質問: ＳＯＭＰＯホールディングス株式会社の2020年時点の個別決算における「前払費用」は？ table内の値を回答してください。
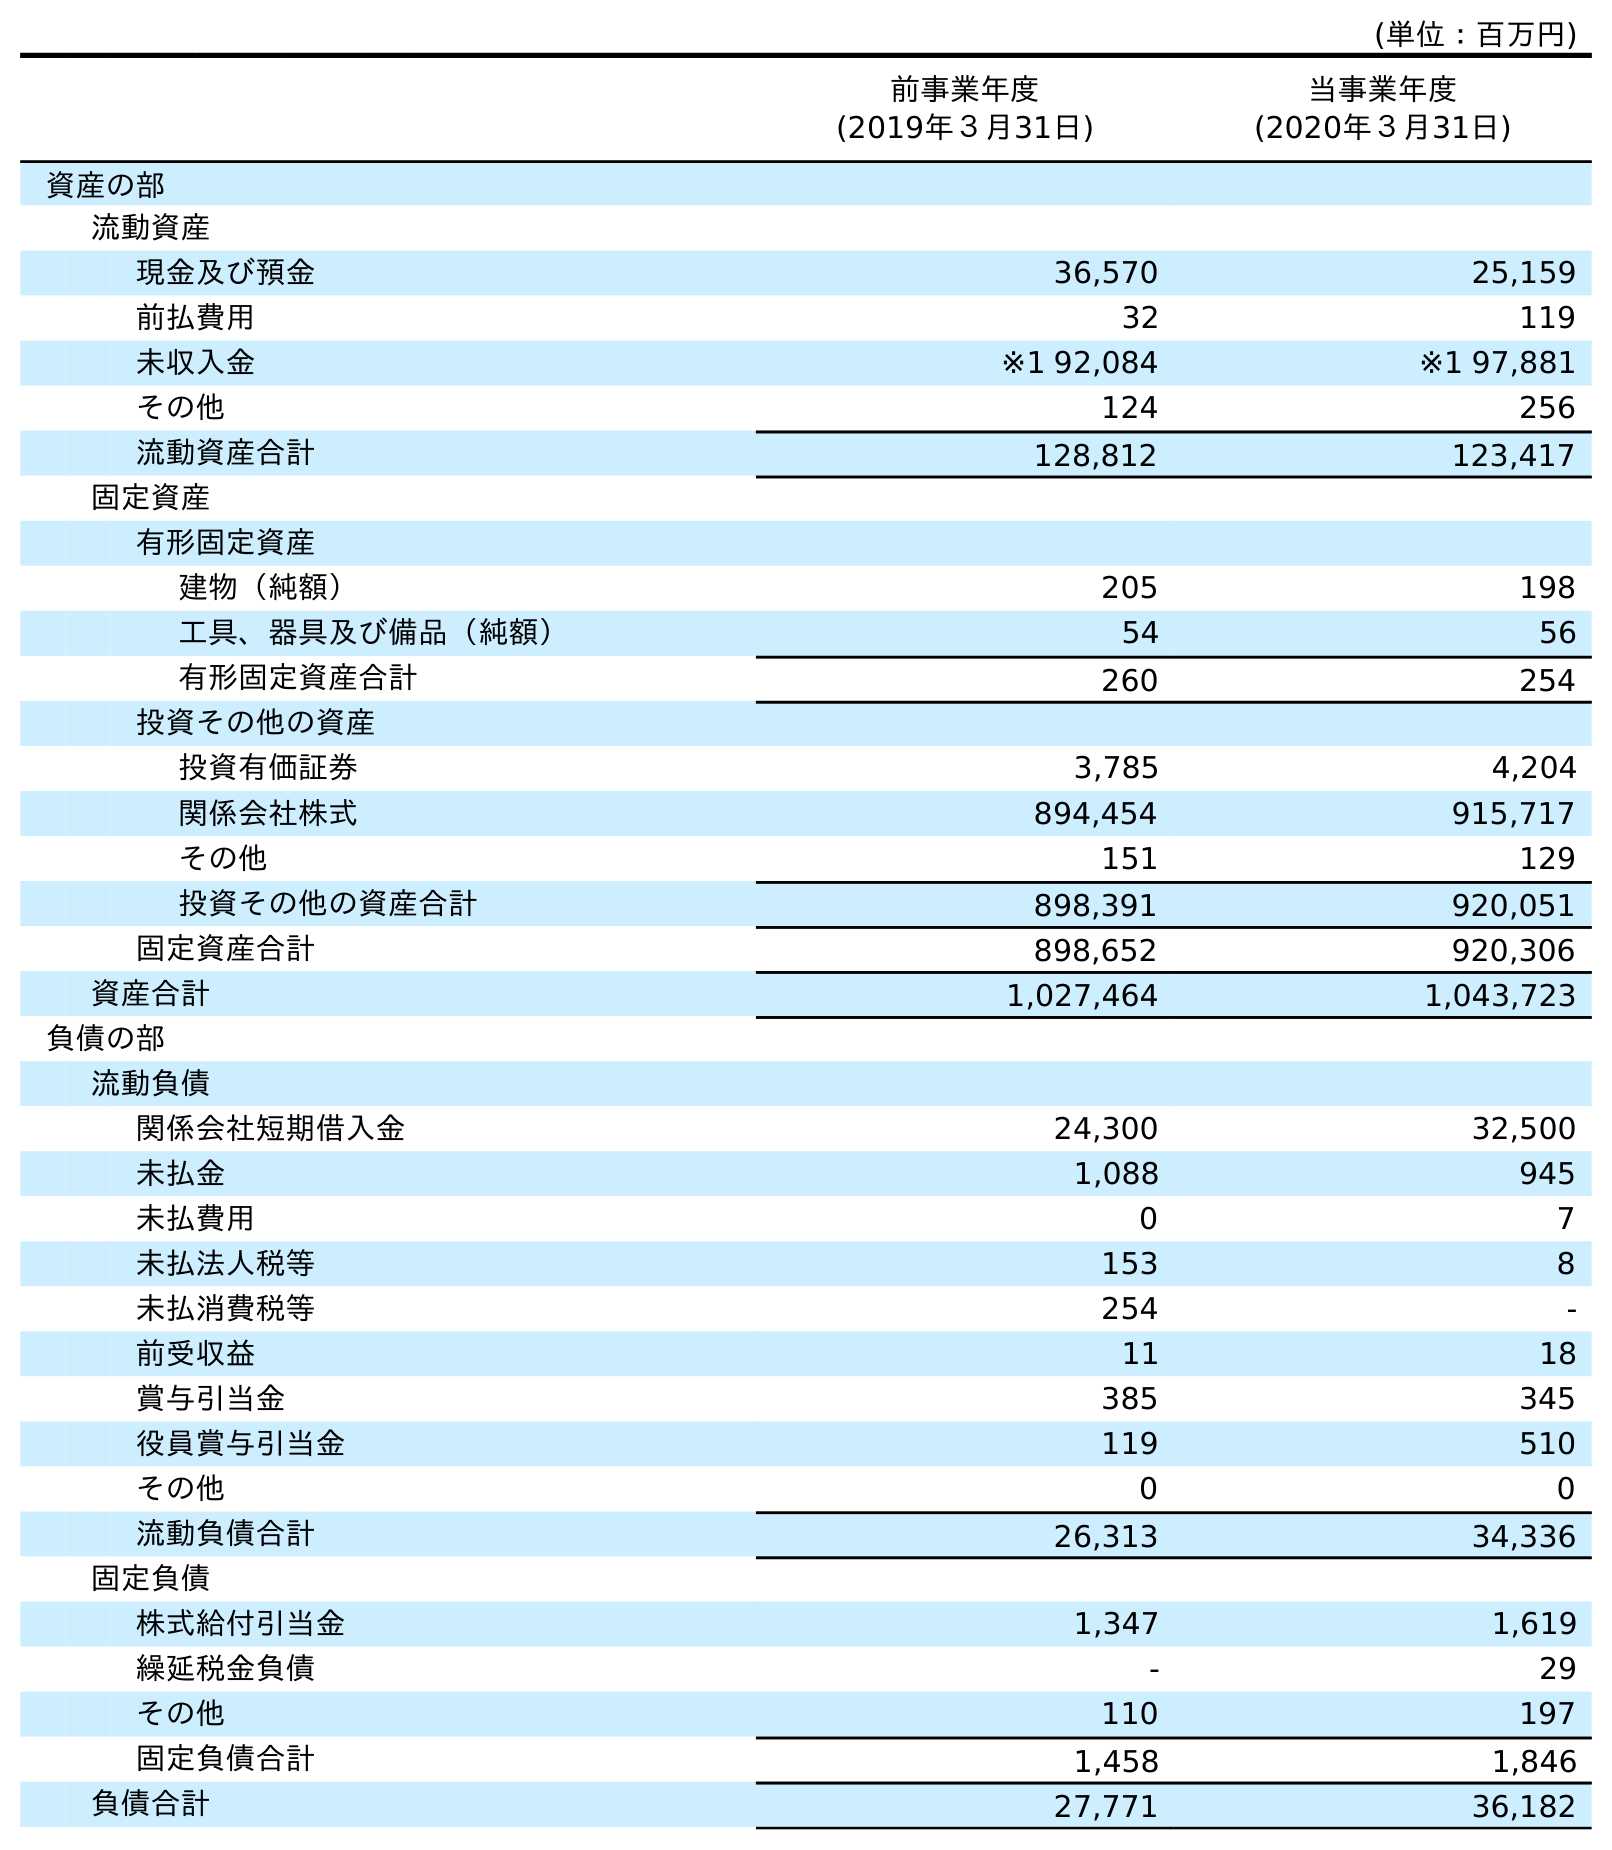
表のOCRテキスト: (単位：百万円) 前事業年度 (2019年３月31日) 当事業年度 (2020年３月31日) 資産の部 流動資産 現金及び預金 36,570 25,159 前払費用 32 119 未収入金 ※1 92,084 ※1 97,881 その他 124 256 流動資産合計 128,812 123,417 固定資産 有形固定資産 建物（純額） 205 198 工具、器具及び備品（純額） 54 56 有形固定資産合計 260 254 投資その他の資産 投資有価証券 3,785 4,204 関係会社株式 894,454 915,717 その他 151 129 投資その他の資産合計 898,391 920,051 固定資産合計 898,652 920,306 資産合計 1,027,464 1,043,723 負債の部 流動負債 関係会社短期借入金 24,300 32,500 未払金 1,088 945 未払費用 0 7 未払法人税等 153 8 未払消費税等 254 - 前受収益 11 18 賞与引当金 385 345 役員賞与引当金 119 510 その他 0 0 流動負債合計 26,313 34,336 固定負債 株式給付引当金 1,347 1,619 繰延税金負債 - 29 その他 110 197 固定負債合計 1,458 1,846 負債合計 27,771 36,182
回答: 119